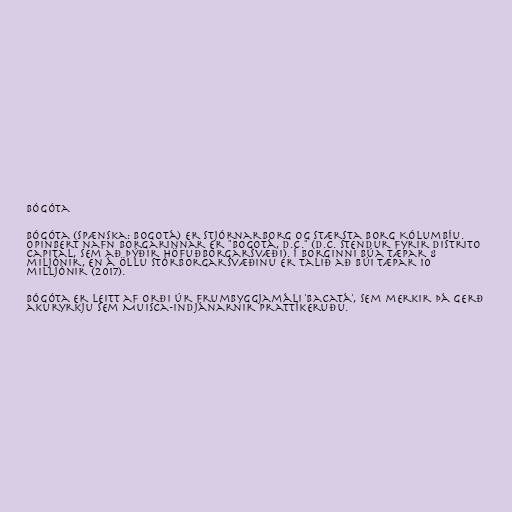
Bógóta

Bógóta (spænska: Bogotá) er stjórnarborg og stærsta borg Kólumbíu.
Opinbert nafn borgarinnar er "Bogotá, D.C." (D.C. stendur fyrir Distrito
Capital, sem að þýðir Höfuðborgarsvæði). Í borginni búa tæpar 8
miljónir, en á öllu stórborgarsvæðinu er talið að búi tæpar 10
milljónir (2017).

Bógóta er leitt af orði úr frumbyggjamáli 'Bacatá', sem merkir þá gerð
akuryrkju sem Muisca-indjánarnir prattíkeruðu.